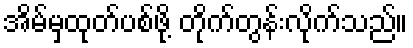
အိမ်မှထုတ်ပစ်ဖို့ တိုက်တွန်းလိုက်သည်။